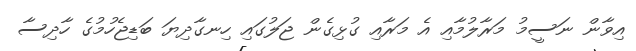
އިވާން ނަސީމު މަރާލުމާއި އެ މަރާއި ގުޅިގެން ޖަލުގައި ހިނގާދިޔަ ބަޑިޖެހުމުގެ ހާދިސާ